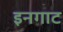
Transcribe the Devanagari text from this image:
इनगाट